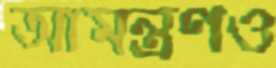
আমন্ত্রণও